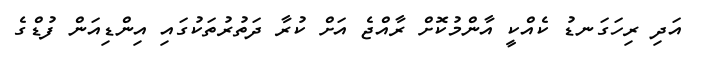
އަދި ރިހަގަނޑު ކެއްކީ އާންމުކޮށް ރާއްޖެ އަށް ކުރާ ދަތުރުތަކުގައި އިންޑިއަން ފުޑްގެ